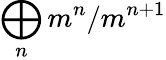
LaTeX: \bigoplus_{n}m^{n}/m^{n+1}